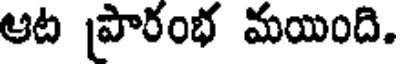
ఆట ప్రారంభ మయింది.